Medical and sanitary report of the native army of Madras for the year
Year: 1876
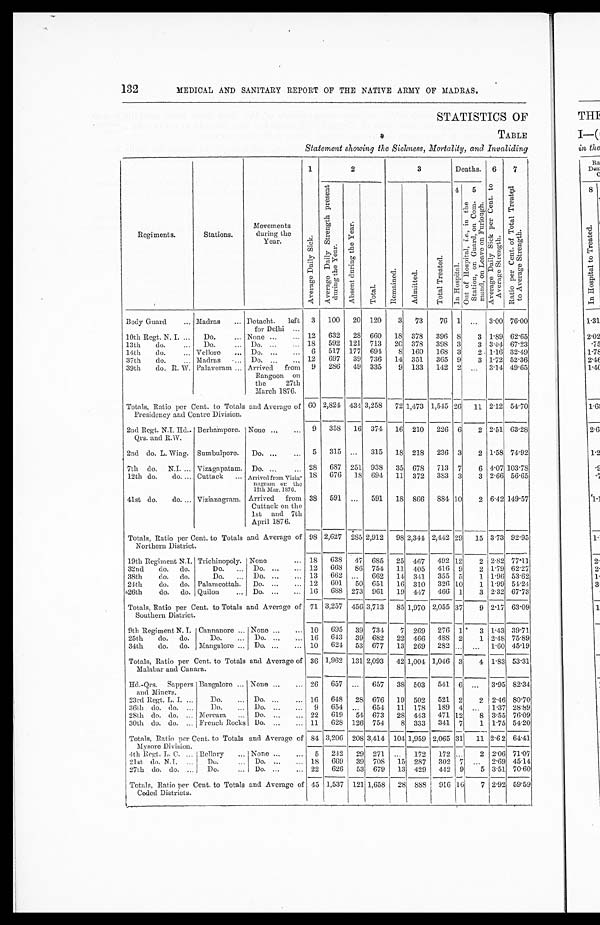
132
MEDICAL AND SANITARY REPORT OF THE NATIVE ARMY OF MADRAS.
STATISTICS OF
TABLE
Statement showing the Sickness, Mortality, and Invaliding
Regiments.
Stations.
Movements
during the
Year.
1 A v e r a g e D a i l y S i c k .
2
3
Deaths. 6 A v e r a g e D a i l y S i c k p e r C e n t . t o A v e r a g e S t r e n g t h .
7 R a t i o p e r C e n t . o f T o t a l T r e a t e d t o A v e r a g e S t r e n g t h .
A v e r a g e D a i l y D a i l y S t r e n g t h p r e s e n t d u r i n g t h e Y e a r .
A b s e n t d u r i n g t h e Y e a r .
T o t a l .
R e m a i n e d .
A d m i t t e d .
T o t a l T r e a t e d .
4 I n H o s p i t a l . 5 O n e o f H o s p i t a l , i . e . , i n t h e S t a t i o n , o n G u a r d , o n C o m - m a n d , o n L e a v e o n F u r l o u g h .
Body Guard
Madras
Detacht. left
for Delhi
3 100 20 120 3 73 76 1 . . . 3.00 76.00
10th Regt. N. I.
Do.
None
12 632 28 660 18 378 396 8 3 1.89 62.65
13th do.
Do.
Do.
18 592 121 713 20 378 398 3 3 3.04 67.23
14th do.
Vellore
Do.
6 517 177 694 8 160 168 3 2 1.16 32.49
37th do.
Madras .... Do.
12 697 39 736 14 351 365 9 3 1.72 52.36
39th do. R. W. Palaveram Arrived from
Rangoon on
the
27th
March 1876.
9 286 49 335 9 133 142 2 . . . 3.14 49.65
Totals, Ratio per Cent. to Totals and Average of
Presidency and Centre Division.
6 0 2,824 434 3,258 72 1,473 1,515 26 11 2.12 54.70
2nd Rcgt. N.I . Rd..
Qrs. and R.W.
Berhampore. None
9 358 16 374 16 210 226 6 2 2.51
6 3 . 2 8
2nd do. L. Wing. Sumbulpore. Do.
5 315 . . . 315 18 218 236 3 2 1.58 74.92
7th do. N.I. Vizagapatam. Do.
28 687 251 938 35 678 713 7 6
4 . 0 7 103.78
12th do. do. Cuttack
Arrived from Vizia-
nagram or the
12th Mar. ]876.
18 676 18 691 11 372 383 3 3 2.66 56.65
41st do. do. Vizianagram. Arrived from
Cuttack on the
1st and 7th
April 1876.
38 591
. . .
5 9 1 18 866 884 10 2 6.42 149.57
Totals, Ratio per Cent. to Totals and Average of
Northern District.
98 2,627 285 2,912 98 2,341 2,142 29 15 3.73 92.95
19th Regiment N.J. Trichinopoly. None
18 638 47 685 25 467 4.92 12 2 2.82 77.11
32nd do. do.
Do.
Do.
12 668 86 754 11 405 416 9 2 1.79 62.27
38th do. do.
Do.
Do.
13 662 . . . 662 14 3.41 355 5 1 1.96 53.62
24th do. do. Palam cottah. Do.
12 601 50 651 16 310 320 10 1 1.99 54.24
26th do. do. Quilon
Do.
16 688 273 961 19 447 466 1 3 2.32 67.73
Totals, Ratio per Cent. to Totals and Average of
Southern District.
71 3,257 456 3,713 85 1,970 2,055 37 9 2.17 63.09
9th Regiment N. I. Cannanore None
10 695 39 731 7 269 276 1 3 1.43 39.71
25th do. do.
Do.
Do.
16 643 39 682 22 466 488 2 1 2.48 75.89
34th do. do. Mangalore Do.
10 621 53 677 13 269 282 . . . . . . 1.60 45.19
Totals, Ratio per Cent. to Totals and Average of
Malabar and Canara.
36 1,962 131 2,093 42 1,004 1,046 3 4 1.83 53.31
Hd.-Qrs. Sappers
and Miners.
Bangalore None
26 657 . . . 657 38 503 541 6 . . . 3.95
8 2 . 3 4
23rd Regt. L. I.
Do.
Do.
16 648 28 676 19 502 521 2 2 2.46 80.70
36th do. do.
Do.
Do.
9 654 . . . 654 11 178 189 4 . . . 1.37 28.89
28th do. do.
Mercara
Do.
22 619 51 673 28 443 471 12 8 3.55 76.09
30th do. do.
French Rocks Do.
11 628 126 754 8 333 341 7 1 1.75 54.20
Totals, Ratio per Cent. to Totals and Average of
Mysore Division.
84 3,206 208 3,414 104 1,959 2,065 31 11 2.62 64.41
4th Regt. L. C. Bellary
None 5 242 29 271 . . . 17 1.72 . . . 2 2.06 71.07
21st do. N.I.
Do.
Do.
18 669 39 708 15 287 302 7 . . . 2.69 45.14
27th do. do. Do.
Do.
22 626 53 679 13 429 442 9 5 3.51 70.60
Totals, Ratio per Cent. to Totals and Average of
Ceded Districts.
45 1,537 1 2 1
1,658 281 888 916 16 7 2.92 59.59